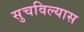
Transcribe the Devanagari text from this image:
सुचविल्यास